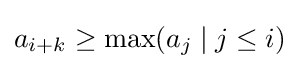
a_{i+k}\geq \max(a_{j}\mid j\leq i)